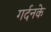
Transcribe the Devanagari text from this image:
गर्दनके